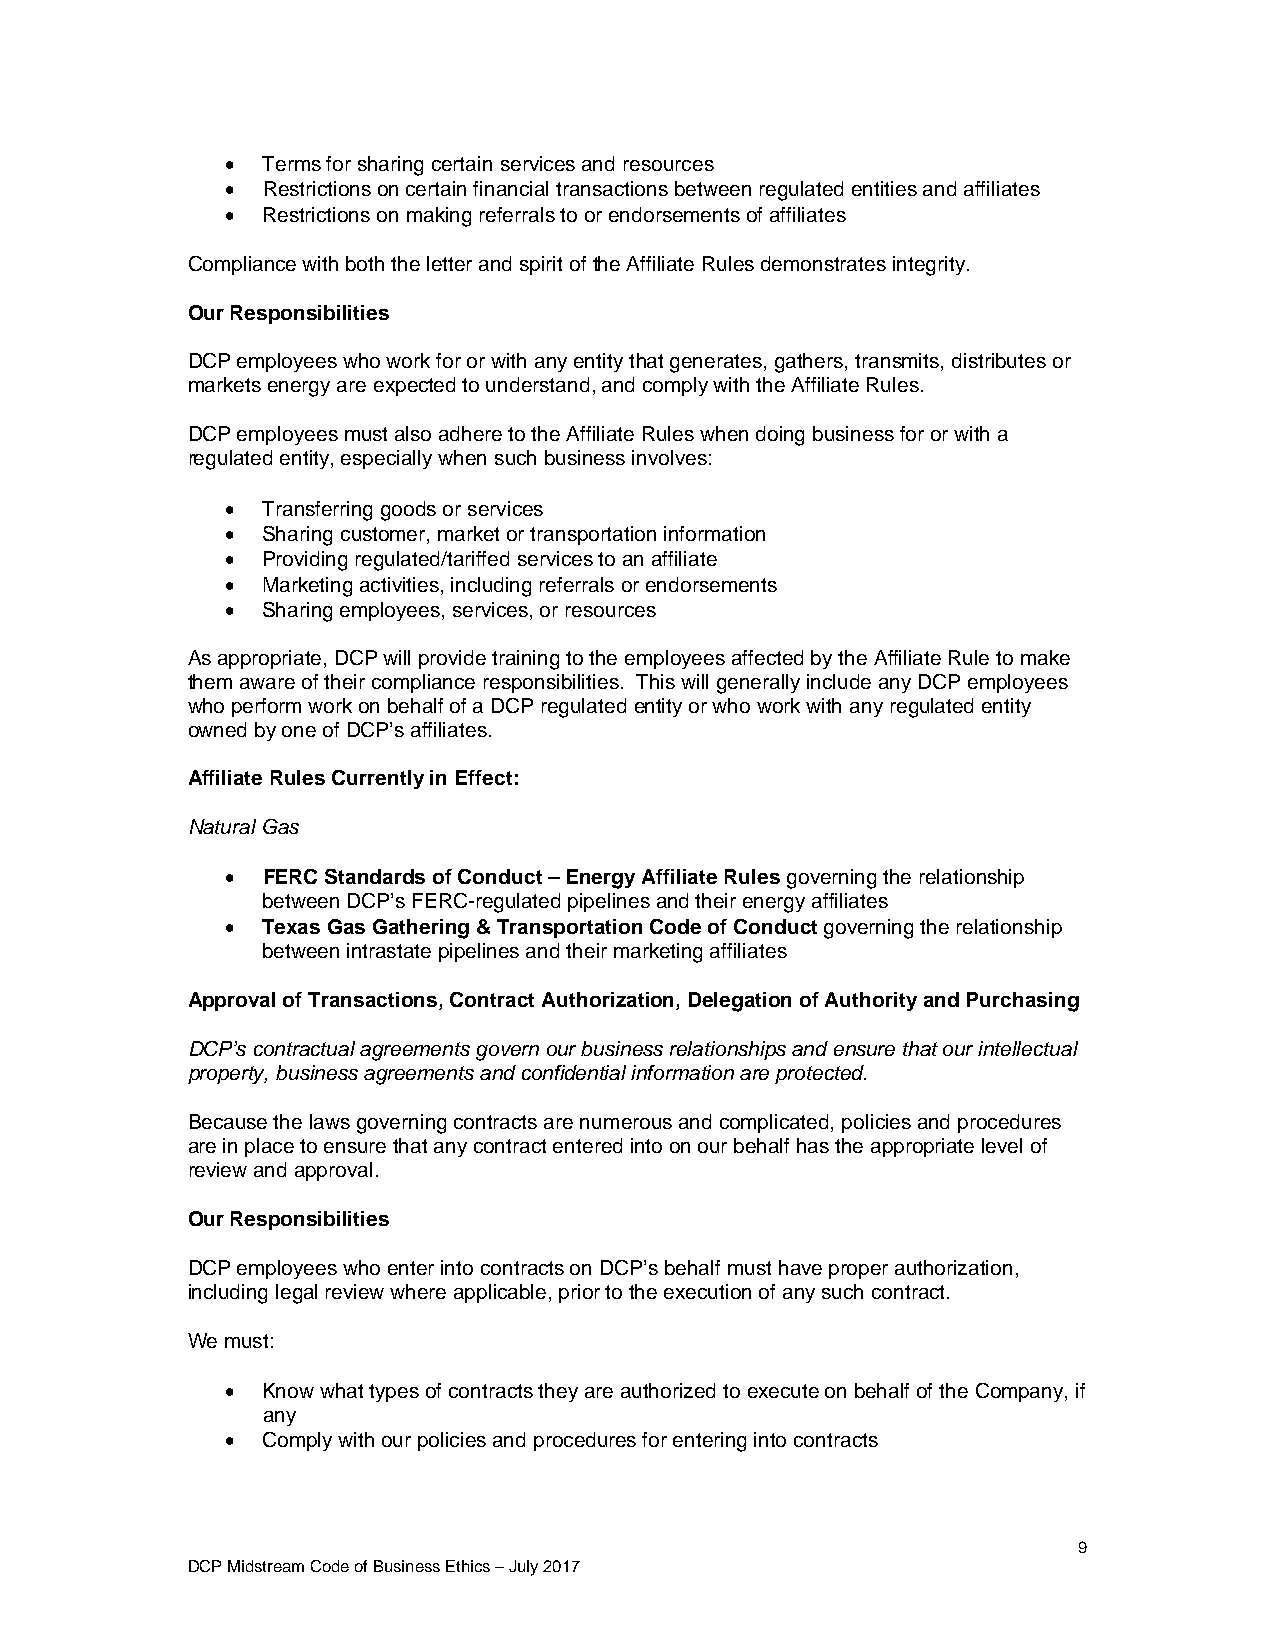
 Terms for sharing certain services and resources
  Restrictions on certain financial transactions between regulated entities and affiliates
  Restrictions on making referrals to or endorsements of affiliates
 Compliance with both the letter and spirit of the Affiliate Rules demonstrates integrity.
 Our Responsibilities
 DCP employees who work for or with any entity that generates, gathers, transmits, distributes or
 markets energy are expected to understand, and comply with the Affiliate Rules.
 DCP employees must also adhere to the Affiliate Rules when doing business for or with a
 regulated entity, especially when such business involves:
  Transferring goods or services
  Sharing customer, market or transportation information
  Providing regulated/tariffed services to an affiliate
  Marketing activities, including referrals or endorsements
  Sharing employees, services, or resources
 As appropriate, DCP will provide training to the employees affected by the Affiliate Rule to make
 them aware of their compliance responsibilities. This will generally include any DCP employees
 who perform work on behalf of a DCP regulated entity or who work with any regulated entity
 owned by one of DCP’s affiliates.
 Affiliate Rules Currently in Effect:
 Natural Gas
  FERC Standards of Conduct – Energy Affiliate Rules governing the relationship
 between DCP’s FERC-regulated pipelines and their energy affiliates
  Texas Gas Gathering & Transportation Code of Conduct governing the relationship
 between intrastate pipelines and their marketing affiliates
 Approval of Transactions, Contract Authorization, Delegation of Authority and Purchasing
 DCP’s contractual agreements govern our business relationships and ensure that our intellectual
 property, business agreements and confidential information are protected.
 Because the laws governing contracts are numerous and complicated, policies and procedures
 are in place to ensure that any contract entered into on our behalf has the appropriate level of
 review and approval.
 Our Responsibilities
 DCP employees who enter into contracts on DCP’s behalf must have proper authorization,
 including legal review where applicable, prior to the execution of any such contract.
 We must:
  Know what types of contracts they are authorized to execute on behalf of the Company, if
 any
  Comply with our policies and procedures for entering into contracts
 9
 DCP Midstream Code of Business Ethics – July 2017